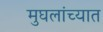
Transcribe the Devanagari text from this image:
मुघलांच्यात